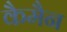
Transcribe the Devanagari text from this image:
कैमैन